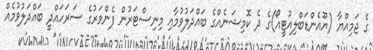
ގެ ޖަމިއްޔާ (ޔޫއެންޑަބްލިއުޓީއޯ)ގެ ދެ ކޮމިޝަނެއްގެ ބައްދަލުވުމާއި މިނިސްޓަރުން ފެންވަރުގެ ސަރަހައްދީ ބައްދަލުވުމެއް